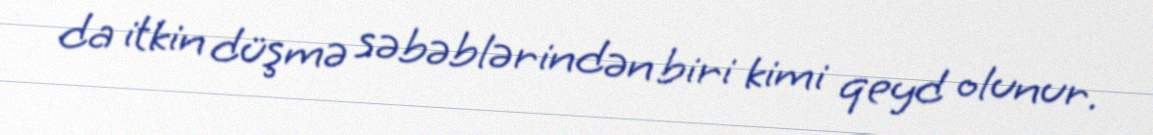
da itkin düşmə səbəblərindən biri kimi qeyd olunur.